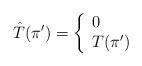
LaTeX: \begin{align*}\hat{T}(\pi') = \left\{\begin{array}{l l}0 & \\T(\pi') & \end{array} \right. \end{align*}